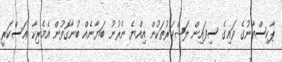
ޕާކިސްތާނުގެ ވައިގެ ސިފައިން ލަޝްކަރުތަކުން އިއްޔެ ނެރުނު ބަޔާނެއް ބުނާގޮތުން އެމެރިކާ ޢަސްކަރީ